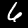
Label: 6